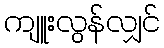
ကျူးလွန်လျှင်